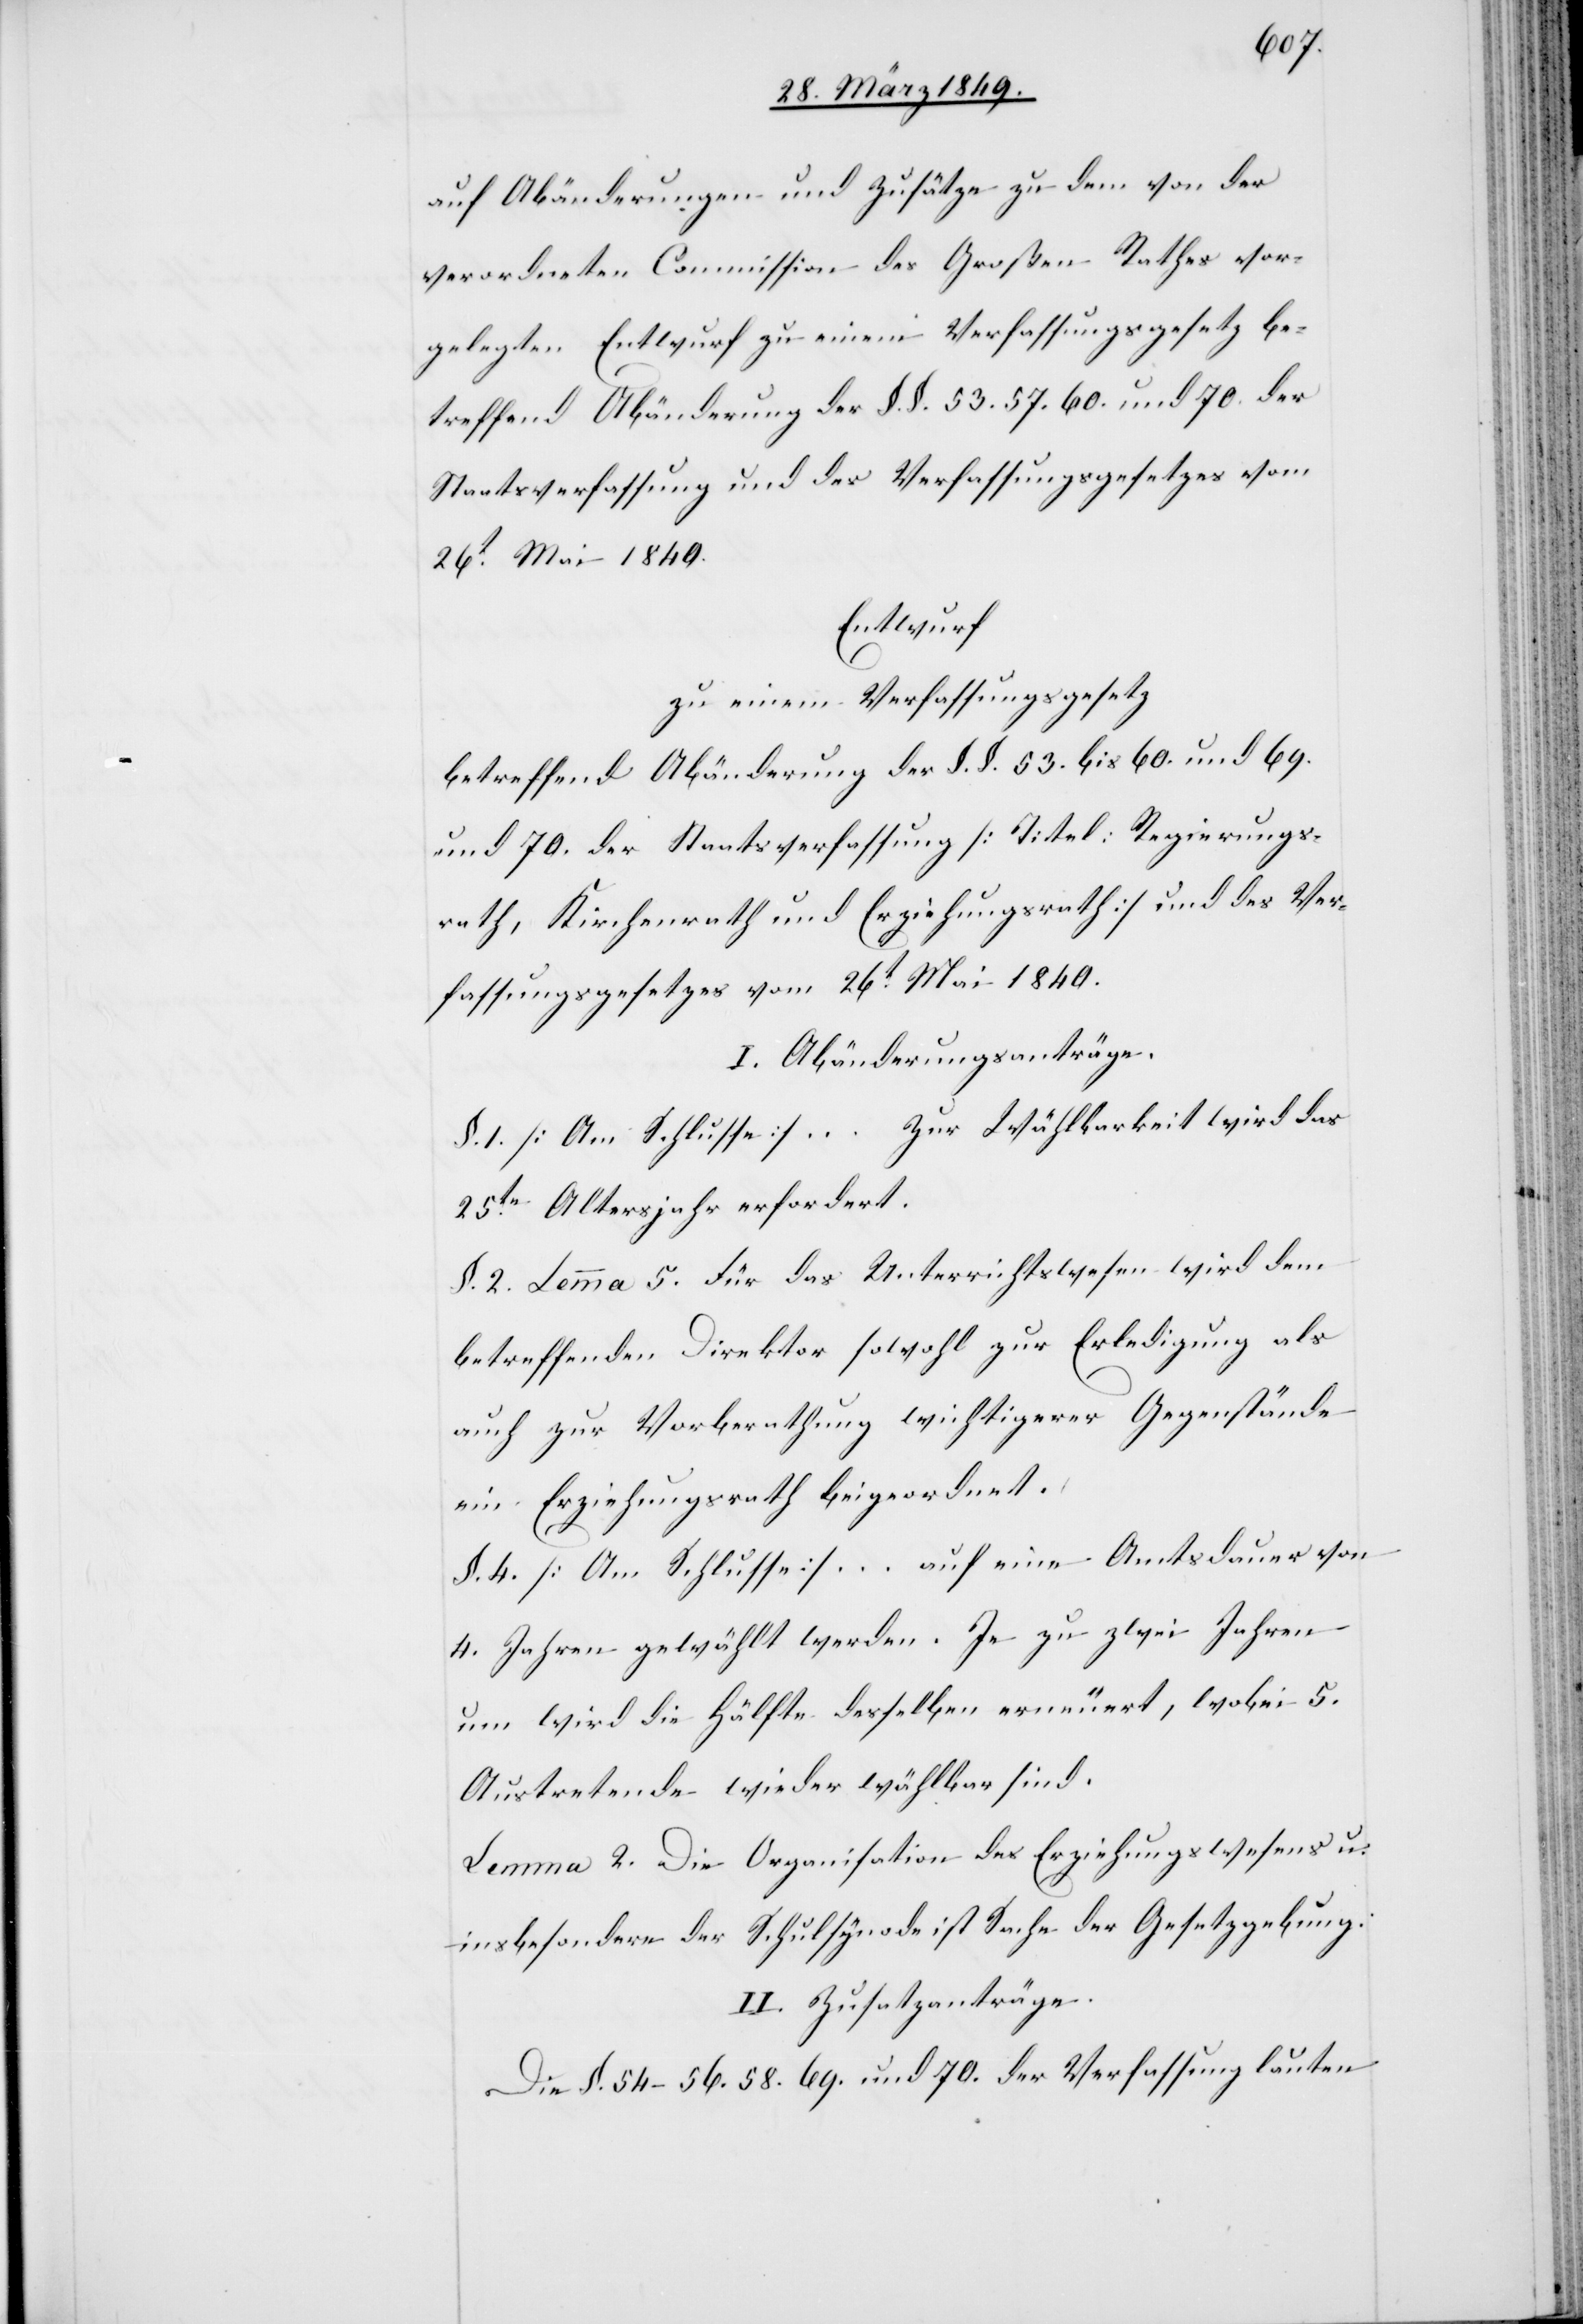
auf Abänderungen und Zusätze zu dem von der
verordneten Commission des Großen Rathes vor¬
gelegten Entwurf zu einem Verfassungsgesetz be¬
treffend Abänderung der §. §. 53. 57. 60. und 70. der
Staatsverfassung und des Verfassungsgesetzes vom
26t. Mai 1840.
Entwurf
zu einem Verfassungsgesetz
betreffend Abänderung der §. §. 53. bis 60. und 69.
und 70. der Staatsverfassung [Titel: Regierungs¬
rath, Kirchenrath und Erziehungsrath] und des Ver¬
fassungsgesetzes vom 26t. Mai 1840.
I. Abänderungsanträge.
§. 1. [Am Schlusse] … Zur Wählbarkeit wird das
25te. Altersjahr erfordert.
§. 2. Lemma 5. Für das Unterrichtswesen wird dem
betreffenden Direktor sowohl zur Erledigung als
auch zur Vorberathung wichtigerer Gegenstände
ein Erziehungsrath beigeordnet.
§. 4. [Am Schlusse] … auf eine Amtsdauer von
4. Jahren gewählt werden. Je zu zwei Jahren
um wird die Hälfte desselben erneuert, wobei 5.
Austretende wieder wählbar sind.
Lemma 2. Die Organisation des Erziehungswesens u.
insbesondere der Schulsynode ist Sache der Gesetzgebung.
II. Zusatzanträge.
Die §. 54–56. 58. 69. und 70. der Verfassung lauten